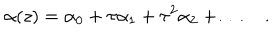
\alpha ( z ) = \alpha _ { 0 } + \tau \alpha _ { 1 } + \tau ^ { 2 } \alpha _ { 2 } + \ldots \quad .